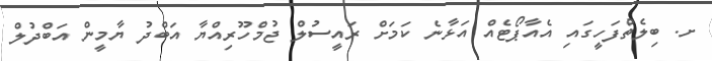
ށ. ބިލެތްފަހީގައި އެއާޕޯޓެއް އަޅާނެ ކަމަށް ރައީސުލް ޖުމްހޫރިއްޔާ އަބްދު ޔާމީން އަބްދުލް